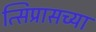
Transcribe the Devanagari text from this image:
त्सिप्रासच्या